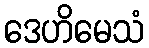
ဒေဟိမေသံ